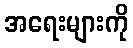
အရေးများကို